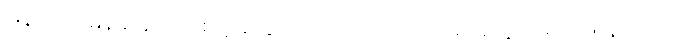
ဖြန့်ကျက်မြန်ဆန်လာစေဖို့အတွက် ဂြိုဟ်တုငယ် အရေအတွက် ရာဂဏန်းကနေ